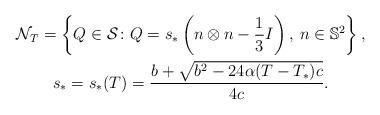
LaTeX: \begin{align*}\begin{gathered}\mathcal N_T =\left\lbrace Q\in\mathcal S\colon Q=s_*\left(n\otimes n -\frac 13 I\right),\: n\in\mathbb S^2 \right\rbrace,\\ s_*= s_*(T) = \frac {b+\sqrt{b^2-24 \alpha (T-T_*)c}}{4c}.\end{gathered}\end{align*}